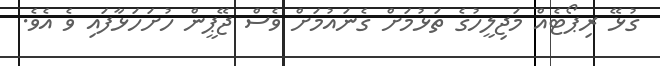
ގުޅޭ ރިޕޯޓެއް މަޖިލީހުގެ ތަޅުމަށް ގެނައުމަށް ވެސް ޖޭޕީން ހުށަހަޅާފައި ވެ އެވެ.